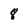
Character: 8